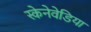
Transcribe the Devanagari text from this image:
स्केनेवेडिया